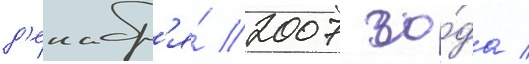
д'екабр'я́ 2007 го́да /